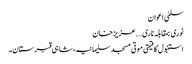
سلمیٰ اعوان
نوری بمقابلہ ناری….عزیز خان
استنبول کا قیمتی موتی مسجد سلیمانیہ ، شاہی قبرستان۔